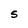
Character: 5